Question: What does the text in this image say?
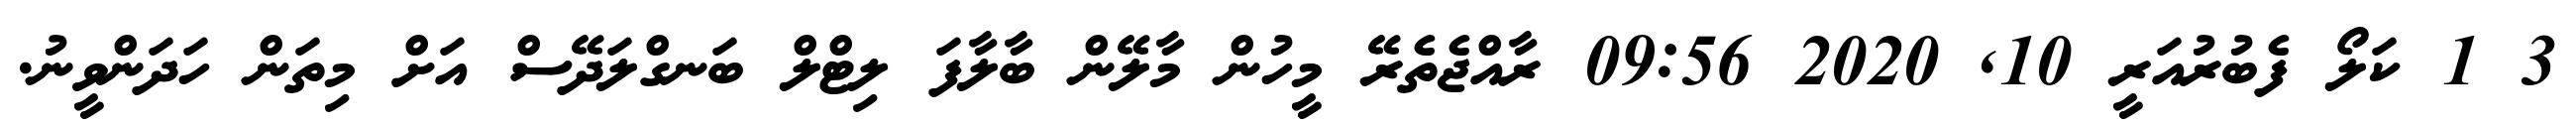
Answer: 3 1 ކަލޯ ފެބުރުއަރީ 10, 2020 09:56 ރާއްޖެތެރޭ މީހުން މާލޭން ބާލާފަ ލިޓްލް ބަނގްލަދޭސް އަށް މިތަން ހަދަންވީނު.